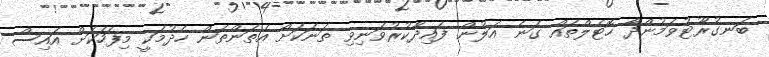
ބަނގުރޫޓުވަމުންދާ ހޮޓެލްތައް ގަނެ އަލުން ފައިދާކުރުވަނިވި ތަނަކަށް އެތަންތަން ހެދުމަކީ މިފަހަކަށް އައިސް